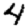
Digit: 4